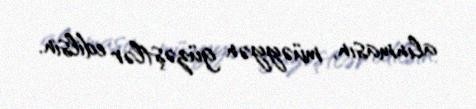
alınmasın, müəyyən güzəştlər edilsin.